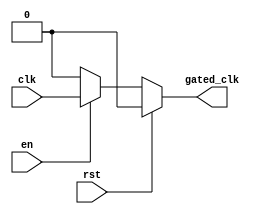
module clock_gating_buffer (
    input wire clk,       // Primary clock signal
    input wire en,       // Enable signal
    input wire rst,      // Asynchronous reset signal
    output reg gated_clk  // Gated clock output
);

// Asynchronous reset and clock gating logic
always @(*) begin
    if (rst) begin
        gated_clk = 1'b0; // Hold gated clock low on reset
    end else if (en) begin
        gated_clk = clk;   // Pass through the clock when enabled
    end else begin
        gated_clk = 1'b0;  // Hold gated clock low when disabled
    end
end

endmodule